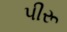
પીરૂ